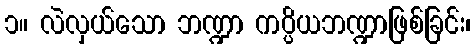
၁။ လဲလှယ်သော ဘဏ္ဍာ ကပ္ပိယဘဏ္ဍာဖြစ်ခြင်း၊